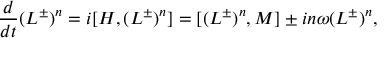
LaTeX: { \frac { d } { d t } } { ( L ^ { \pm } ) ^ { n } } = i [ { \cal H } , ( L ^ { \pm } ) ^ { n } ] = [ ( L ^ { \pm } ) ^ { n } , { M } ] \pm i n \omega ( L ^ { \pm } ) ^ { n } ,